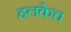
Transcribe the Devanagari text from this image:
हलकेच